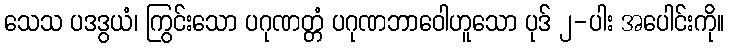
သေသ ပဒဒွယံ၊ ကြွင်းသော ပဂုဏတ္တံ ပဂုဏဘာဝေါဟူသော ပုဒ် ၂-ပါး အပေါင်းကို။